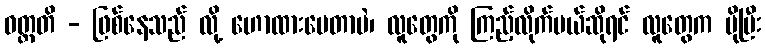
ဝတ္တတိ - ဖြစ်နေသည် လို့ ဟောထားပေတာပဲ၊ လူတွေကို ကြည့်လိုက်မယ်ဆိုရင် လူတွေက ပိုပြီး